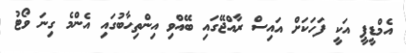
އެމްޑީޕީ އަކީ ފަހަކަށް އައިސް ރާއްޖޭގައި ބޭއްވި އިންތިހާބުގައި އެންމެ ގިނަ ވޯޓު